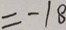
= - 1 8